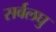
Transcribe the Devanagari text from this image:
सर्वलघु